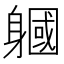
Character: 𨉹